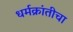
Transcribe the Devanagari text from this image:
धर्मक्रांतीचा